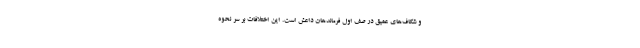
و شکاف‌های عمیق در صف اول فرماندهان داعش است. این اختلافات بر سر نحوه